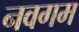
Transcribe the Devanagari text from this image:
नवगम